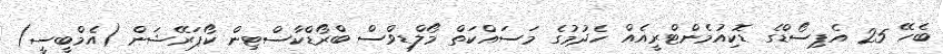
ބެހޭ 25 އެޕިސޯޑްގެ ޑޮކިއުމެންޓްރީއެއް ހެދުމުގެ މަސައްކަތް މޯލްޑިވްސް ބްރޯޑްކާސްޓިން ކޯޕަރޭޝަން (އެމްބީސީ)